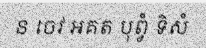
ន ចេវ អគត បុព្វំ ទិសំ